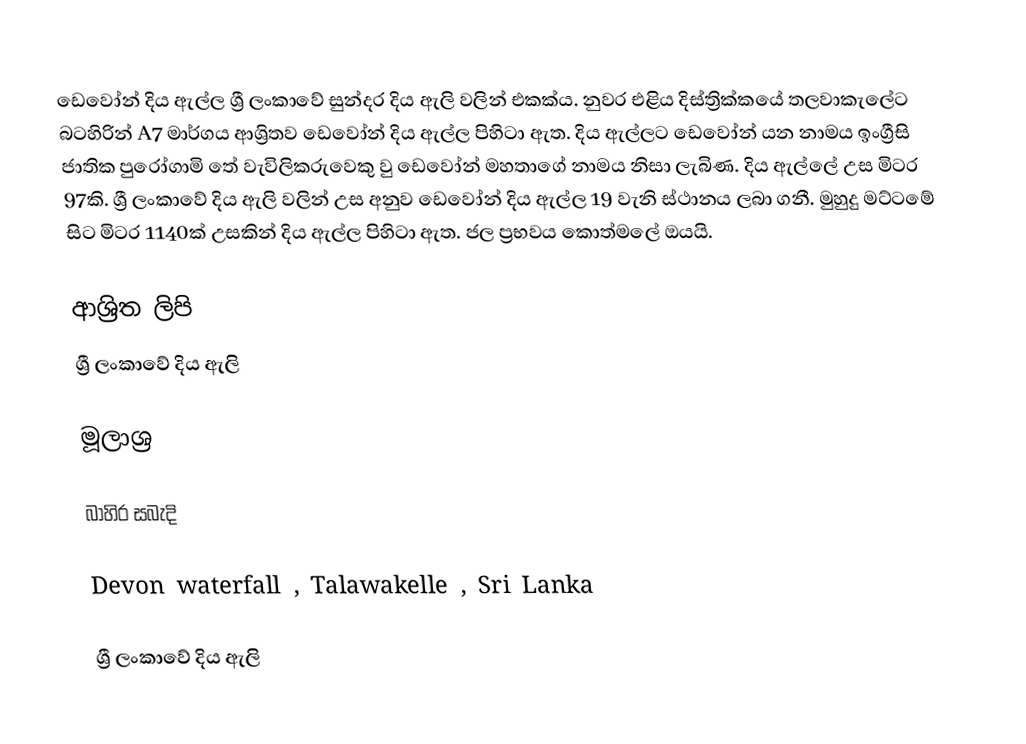
ඩෙවෝන් දිය ඇල්ල ශ්‍රී ලංකාවේ සුන්දර දිය ඇලි වලින් එකක්ය. නුවර එළිය දිස්ත්‍රික්කයේ  තලවාකැලේට බටහිරින් A7 මාර්ගය ආශ්‍රිතව ඩෙවෝන් දිය ඇල්ල පිහිටා ඇත. දිය ඇල්ලට ඩෙවෝන් යන නාමය ඉංග්‍රීසි ජාතික පුරෝගාමි තේ වැවිලිකරුවෙකු වු ඩෙවෝන් මහතාගේ නාමය නිසා ලැබිණ. දිය ඇල්ලේ උස මිටර 97කි. ශ්‍රී ලංකාවේ දිය ඇලි වලින් උස අනුව ඩෙවෝන් දිය ඇල්ල 19 වැනි ස්ථානය ලබා ගනී. මුහුදු මට්ටමේ සිට මිටර 1140ක් උසකින් දිය ඇල්ල පිහිටා ඇත. ජල ප්‍රභවය	කොත්මලේ ඔයයි.

ආශ්‍රිත ලිපි
 ශ්‍රී ලංකාවේ දිය ඇලි‎

මූලාශ්‍ර

බාහිර සබැදි

Devon waterfall , Talawakelle , Sri Lanka

ශ්‍රී ලංකාවේ දිය ඇලි